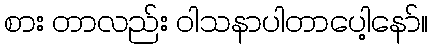
စား တာလည်း ဝါသနာပါတာပေါ့နော်။